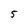
Character: 5